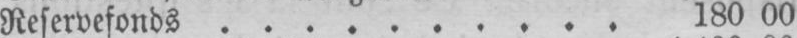
Reservefonds . . . . . . . . . . 180 00